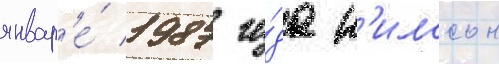
январ'е́ 1987 го́да н'илссон